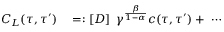
\begin{array} { r l } { C _ { L } ( \tau , \tau ^ { \prime } ) } & { { } = : \left[ D \right] \; \gamma ^ { \frac { \beta } { 1 - \alpha } } c ( \tau , \tau ^ { \prime } ) + \ \cdots } \end{array}